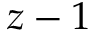
z - 1